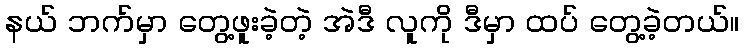
နယ် ဘက်မှာ တွေ့ဖူးခဲ့တဲ့ အဲဒီ လူကို ဒီမှာ ထပ် တွေ့ခဲ့တယ်။